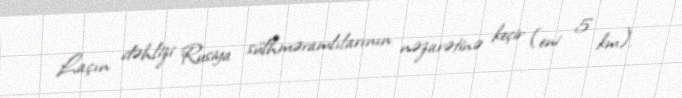
Laçın dəhlizi Rusiya sülhməramlılarının nəzarətinə keçir (eni 5 km).